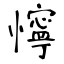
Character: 懧